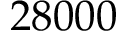
2 8 0 0 0